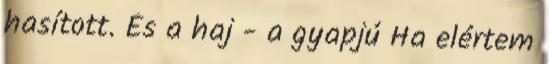
hasított. És a haj - a gyapjú Ha elértem